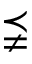
\precneqq